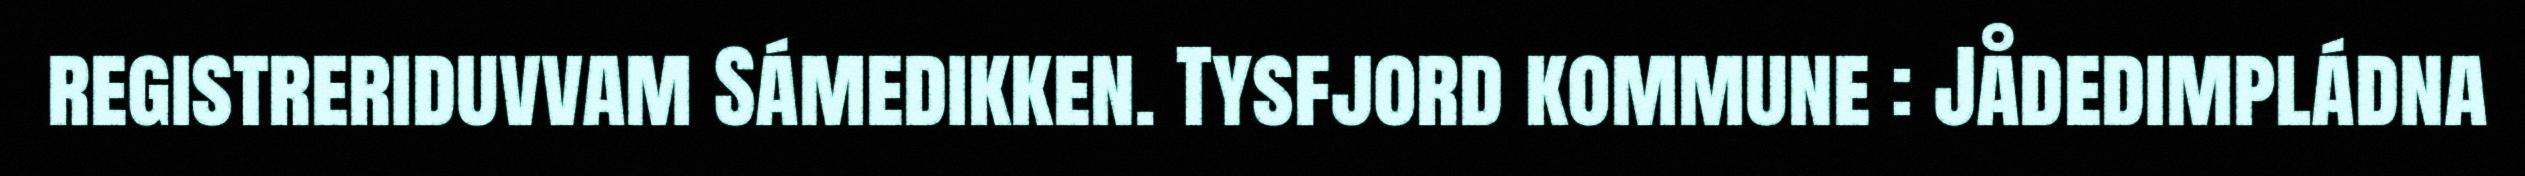
registreriduvvam Sámedikken. Tysfjord kommune : Jådedimpládna